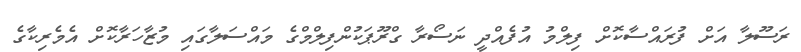
ރަސޫލާ އަށް ފުރައްސާކޮށް ފިލްމު އުފެއްދީ ނަސޯރާ ގްރޫޕަކުންފިލްމްގެ މައްސަލާގައި މުޒާހަރާކޮށް އެމެރިކާގެ